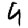
Digit: 9